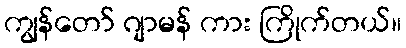
ကျွန်တော် ဂျာမန် ကား ကြိုက်တယ်။